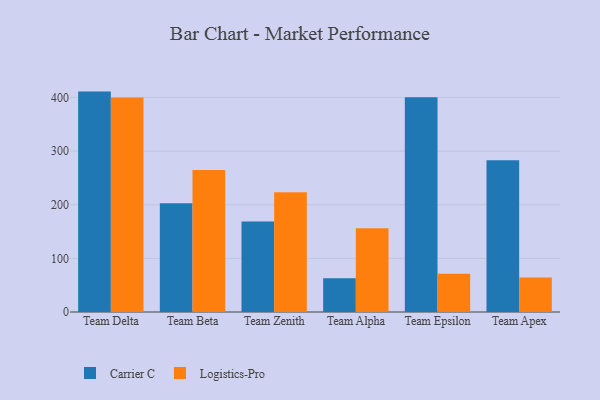
{"axis": {"x": "Team", "y": "Headcount"}, "legend": ["Carrier C", "Logistics-Pro"], "data": [{"x": "Team Delta", "y": 410.9, "type": "Carrier C"}, {"x": "Team Delta", "y": 399.9, "type": "Logistics-Pro"}, {"x": "Team Beta", "y": 202.9, "type": "Carrier C"}, {"x": "Team Beta", "y": 264.8, "type": "Logistics-Pro"}, {"x": "Team Zenith", "y": 168.7, "type": "Carrier C"}, {"x": "Team Zenith", "y": 223.3, "type": "Logistics-Pro"}, {"x": "Team Alpha", "y": 63.0, "type": "Carrier C"}, {"x": "Team Alpha", "y": 156.0, "type": "Logistics-Pro"}, {"x": "Team Epsilon", "y": 400.5, "type": "Carrier C"}, {"x": "Team Epsilon", "y": 71.5, "type": "Logistics-Pro"}, {"x": "Team Apex", "y": 283.0, "type": "Carrier C"}, {"x": "Team Apex", "y": 64.4, "type": "Logistics-Pro"}]}